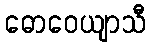
ဓောဝေယျာသီ